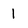
Character: 1